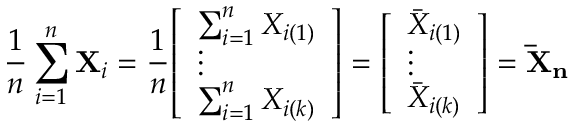
{ \frac { 1 } { n } } \sum _ { i = 1 } ^ { n } \mathbf { X } _ { i } = { \frac { 1 } { n } } { \left[ \begin{array} { l } { \sum _ { i = 1 } ^ { n } X _ { i ( 1 ) } } \\ { \vdots } \\ { \sum _ { i = 1 } ^ { n } X _ { i ( k ) } } \end{array} \right] } = { \left[ \begin{array} { l } { { \bar { X } } _ { i ( 1 ) } } \\ { \vdots } \\ { { \bar { X } } _ { i ( k ) } } \end{array} \right] } = \mathbf { { \bar { X } } _ { n } }